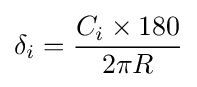
\delta _{i}={\frac {C_{i}\times 180}{2\pi R}}